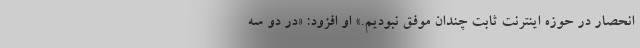
انحصار در حوزه اینترنت ثابت چندان موفق نبودیم.» او افزود: «در دو سه